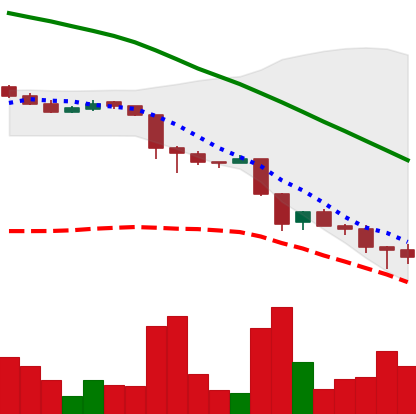
Ticker: ADA-USD
Chart end date: 2018-11-26
Forward return: 15.813%
Label: up_7plus